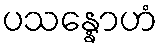
ပသန္နောဟံ